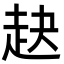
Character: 赽